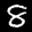
Label: 8